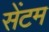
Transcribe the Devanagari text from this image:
सेंटम